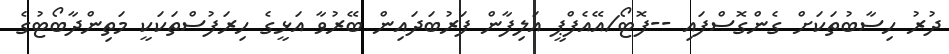
ދުރު ހިސާބުތަކަށް ގެންގޮސްފައި --ފޮޓޯ/އޭއެފްޕީ އަލިފާން ފަރުބަދައިން ބޭރުވާ އަޅީގެ ހިރަފުސްތަކަކީ މަތިންދާބޯޓުގެ